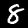
Label: 8